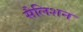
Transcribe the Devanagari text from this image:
सैलिशन